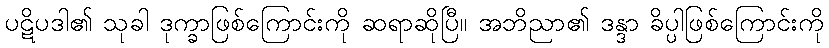
ပဋိပဒါ၏ သုခါ ဒုက္ခာဖြစ်ကြောင်းကို ဆရာဆိုပြီ။ အဘိညာ၏ ဒန္ဒာ ခိပ္ပါဖြစ်ကြောင်းကို